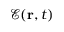
\mathcal { E } ( \mathbf { r } , t )